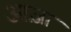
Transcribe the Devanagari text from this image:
आज़ा